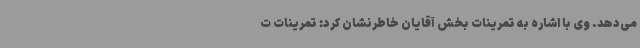
می‌دهد. وی با اشاره به تمرینات بخش آقایان خاطرنشان کرد: تمرینات ت